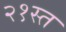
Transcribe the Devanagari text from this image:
२१स्त